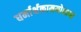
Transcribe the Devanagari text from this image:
धर्मार्थकाममोक्षाणां